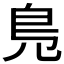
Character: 𠒎